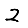
Digit: 2